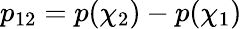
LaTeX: p_{12}=p(\chi_{2})-p(\chi_{1})